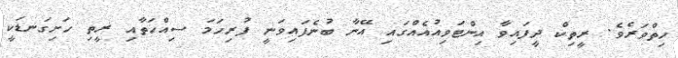
ހިތްވަރެވެ. ރީތިކް ދީފައިވާ އިންޓަވިއުއެއްގައި އޭނާ ބުނެފައިވަނީ ފުރިހަމަ ސިއްހަތާއި ރީތި ހަށިގަނޑަކީ